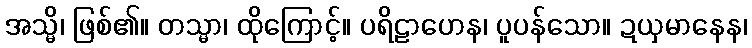
အသ္မိ၊ ဖြစ်၏။ တသ္မာ၊ ထိုကြောင့်။ ပရိဠာဟေန၊ ပူပန်သော။ ဍယှမာနေန၊